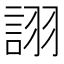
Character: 詡